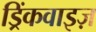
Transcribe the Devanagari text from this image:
ड्रिंकवाइज़